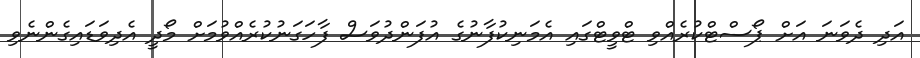
އަދި ދެވަނަ އަށް ޕޯސްޓްކުރެއްވި ޓްވީޓްގައި އެމަނިކުފާނުގެ އުފަންދުވަސް ފާހަގަނުކުރެއްވުމަށް މޯދީ އެދިވަޑައިގެންނެވި